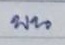
บน